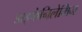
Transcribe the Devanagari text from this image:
डाइफेनिलेमिन